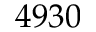
4 9 3 0